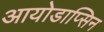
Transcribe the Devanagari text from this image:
आयोडाप्सिन